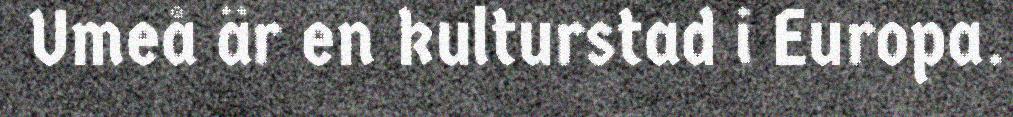
Umeå är en kulturstad i Europa.